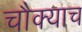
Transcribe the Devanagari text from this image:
चौक्याच